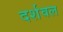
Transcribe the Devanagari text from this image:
दर्शवल